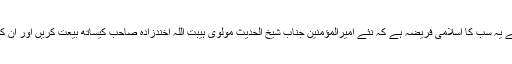
اس نظام کی حفاظت، دیکھ بھال اور استحکام کے لیے یہ سب کا اسلامی فریضہ ہے کہ نئے امیرالمؤمنین جناب شیخ الحدیث مولوی ہیبت اللہ اخندزادہ صاحب کیساتھ بیعت کریں اور ان کے زیر قیادت اپنے برحق جدوجہد کو جاری رکھے۔